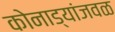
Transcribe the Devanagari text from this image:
कोनाड्यांजवळ